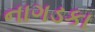
નાગડકા